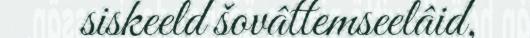
siskeeld šovâttemseelâid,